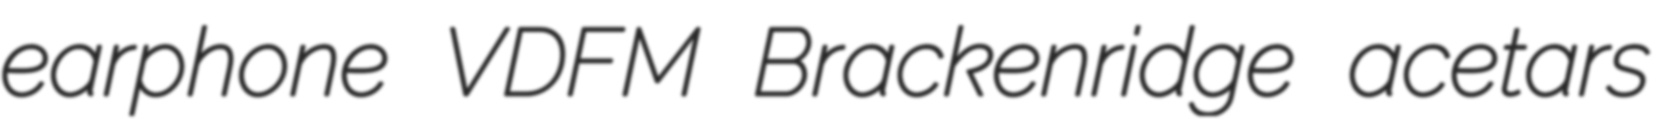
earphone VDFM Brackenridge acetars